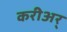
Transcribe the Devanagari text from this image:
करीअर्